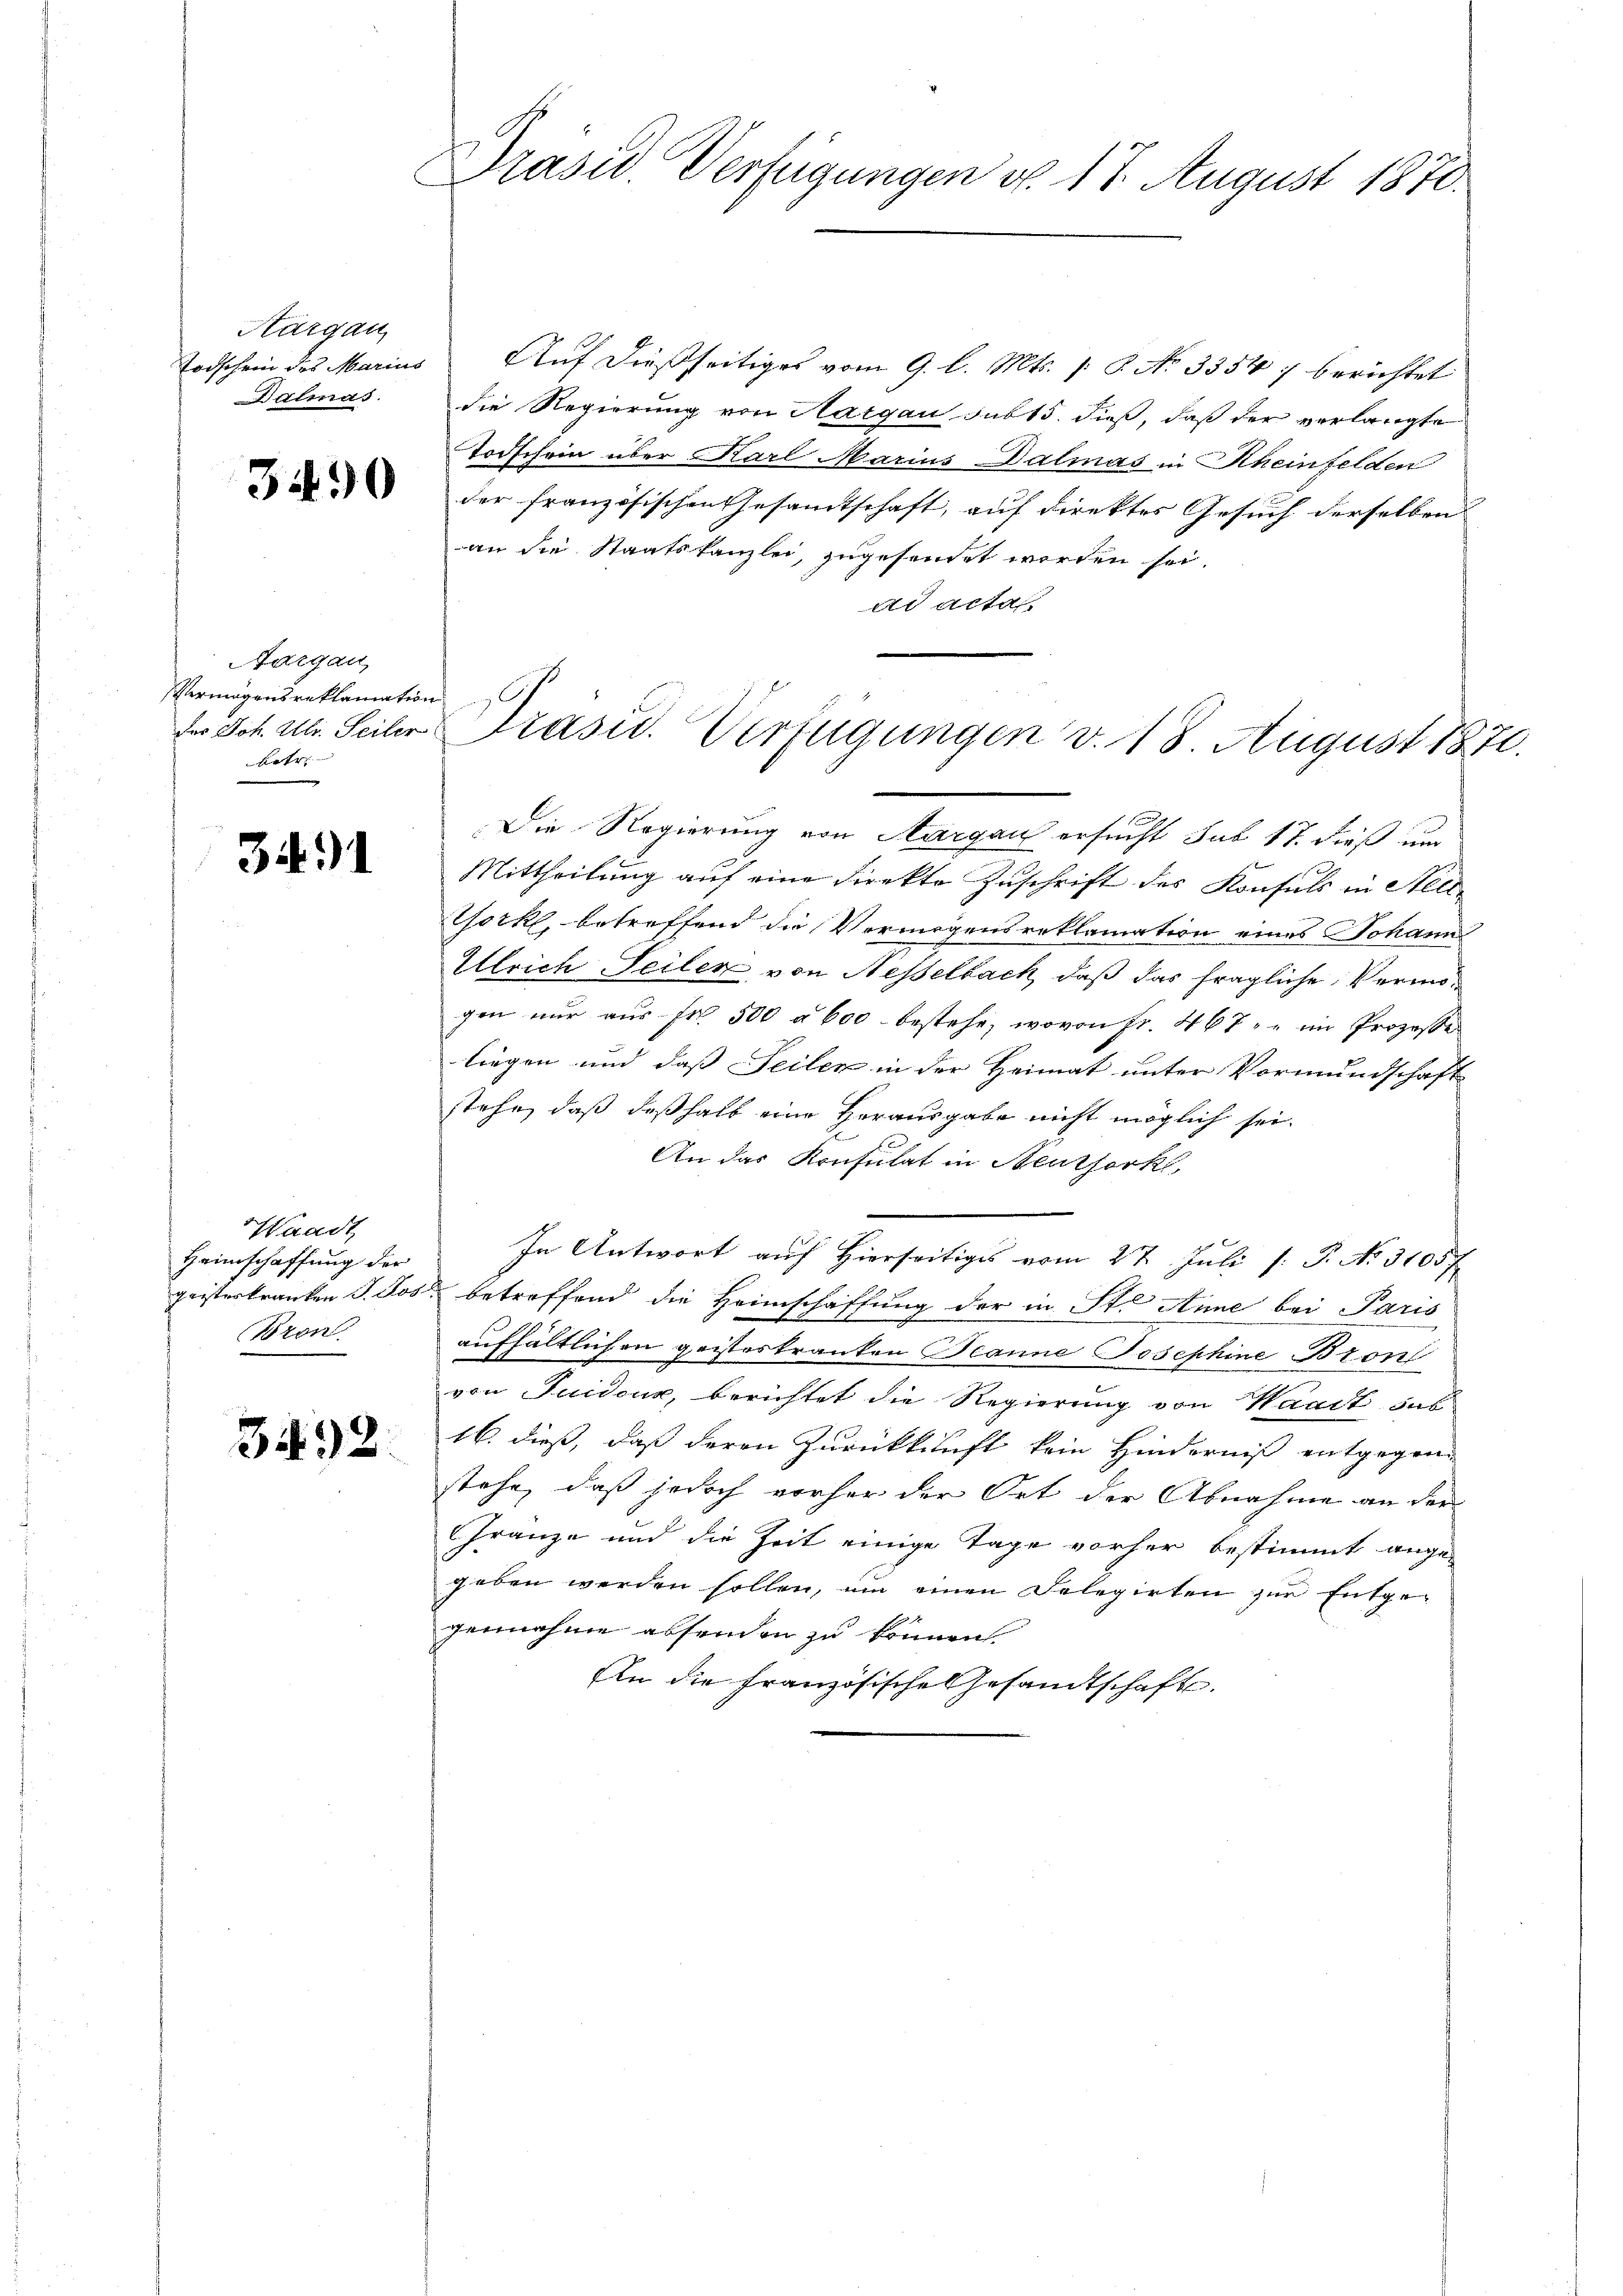
Aargau,
Todschein des Marius
Dalmas.

3490

Aargau,
VVermögensreklamation
Der Joh. Ulr. Seiler
Betr.

3491

Waadt
Heimschaffung der
geisterkranken d. Jos.
Bron

3492.

Präsid Verfügungen d. 17. August 1870.

Auf dießseitiges vom 9. l. Mts. S. No 3354) berichtet
die Regierung von Aargau sub 15. dieß, daß der verlangte
Todschein über Karl Marius Dalmas in Rheinfelden
der französischen Gesamtschaft, auf direktes Gesuch derselben |
an die Staatskanzlei, zugesendet werden sei.
ad acta

Präsid. Verfügungen v. 18 August 1870.

Die Regierung von Aargau ersucht sub 17. dieß um
Mittheilung auf eine Direkte Zuschrift des Konsuls in Stell¬
Chock, betreffend die Vermögensreklamation eines Johann
Ulrich Seilen, von Nesselbach, daß das fragliche Vermögen nur aus Fr. 500 à 600 bestehe, wovon Fr. 467 " " im Prozesse
liegen und dass Seiler in der Heimat unter Vormundschaft
stehe, daß deßhalb eine Herausgabe nicht möglich sei.
An das Konsulat in Neuthork
In Antwort auf Hierseitiges vom 27. Juli [ P. No. 3105 f
betreffend die Heimschaffung der in St. Anne bei Paris
aufhältlichen geistostranken Beanne Josephine Bron
von Suidenz, berichtet die Regierung von Waadt das
16. dieß, daß deren Zurückkunft kein Hinderniß entgegen
stehe, daß jedoch vorher der Ort der Abnahme an der
Franze und die Zeit einige Tage vorher bestimmt ange-
geben werden sollen, um einen Delegirten zur Entgegennahme absenden zu können.
An die Französische Gesandtschaft.